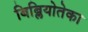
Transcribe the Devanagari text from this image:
बिब्लियोतेका